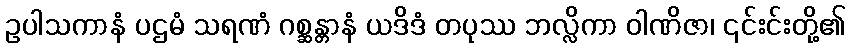
ဥပါသကာနံ ပဌမံ သရဏံ ဂစ္ဆန္တာနံ ယဒိဒံ တပုဿ ဘလ္လိကာ ဝါဏိဇာ၊ ၎င်းင်းတို့၏